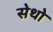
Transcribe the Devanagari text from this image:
सेथो